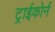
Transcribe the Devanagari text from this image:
ट्राईकोर्न